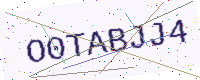
Text: O0TABJJ4